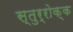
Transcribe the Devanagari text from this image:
स्तुर्रोक्क